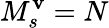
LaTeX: M_{s}^{\mathbf{v}}=N